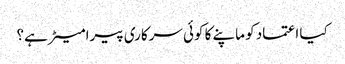
کیا اعتماد کو ماپنے کا کوئی سرکاری پیرامیٹر ہے؟